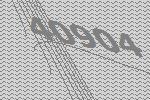
40904